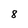
Character: 8